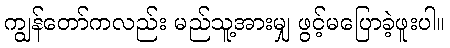
ကျွန်တော်ကလည်း မည်သူ့အားမျှ ဖွင့်မပြောခဲ့ဖူးပါ။